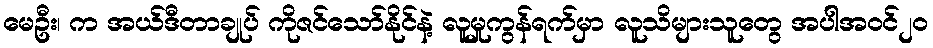
မေဦး၊ က အယ်ဒီတာချုပ် ကိုဇင်သော်နိုင်နဲ့ လူမှုကွန်ရက်မှာ လူသိများသူတွေ အပါအဝင်၂ဝ